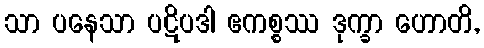
သာ ပနေသာ ပဋိပဒါ ဧကစ္စဿ ဒုက္ခာ ဟောတိ,